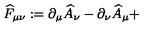
\widehat { F } _ { \mu \nu } : = \partial _ { \mu } \widehat { A } _ { \nu } - \partial _ { \nu } \widehat { A } _ { \mu } +